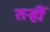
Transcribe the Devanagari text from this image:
तऱ्हीं